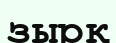
зырқ